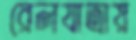
রেলযাত্রায়